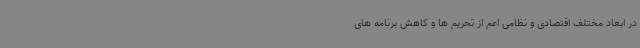
در ابعاد مختلف اقتصادی و نظامی اعم از تحریم ها و کاهش برنامه های